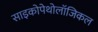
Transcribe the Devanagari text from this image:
साइकोपेथोलॉजिकल